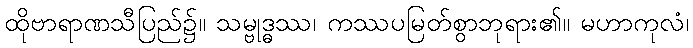
ထိုဗာရာဏသီပြည်၌။ သမ္ဗုဒ္ဓဿ၊ ကဿပမြတ်စွာဘုရား၏။ မဟာကုလံ၊